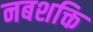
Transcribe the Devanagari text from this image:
नबशक्ति